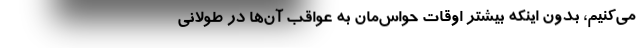
می‌کنیم، بدون اینکه بیشتر اوقات حواس‌مان به عواقب آن‌ها در طولانی